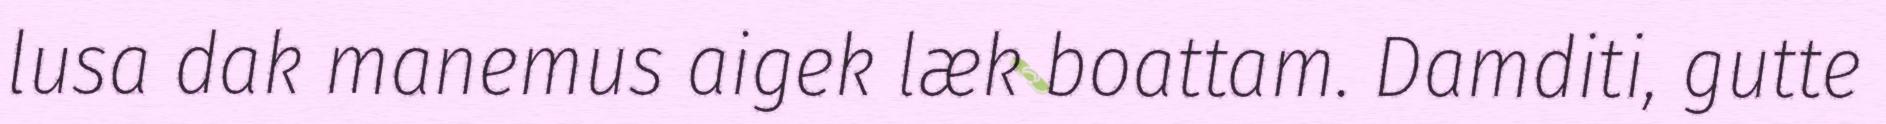
lusa dak manemus aigek læk boattam. Damditi, gutte